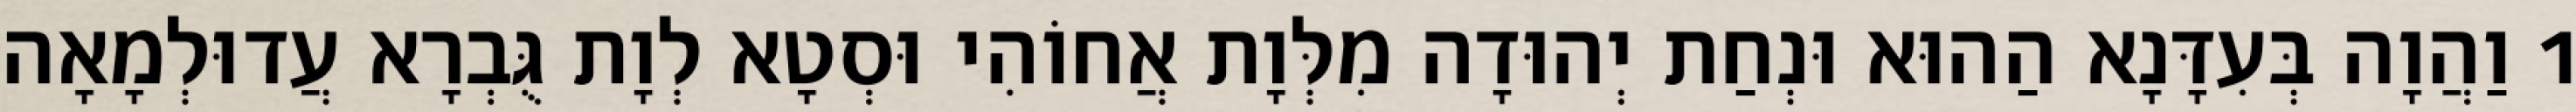
1 וַהֲוָה בְּעִדָּנָא הַהוּא וּנְחַת יְהוּדָה מִלְּוָת אֲחוֹהִי וּסְטָא לְוָת גֻּבְרָא עֲדוּלְמָאָה